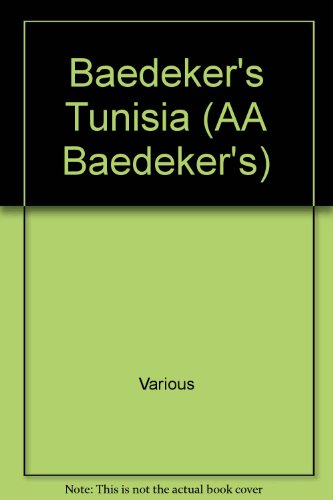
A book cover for Baedeker's Tunisia (AA Baedeker's); Travel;